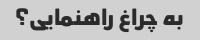
به چراغ راهنمایی؟